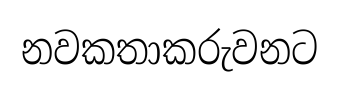
නවකතාකරුවනට